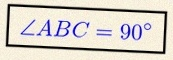
\angle ABC=90^\circ